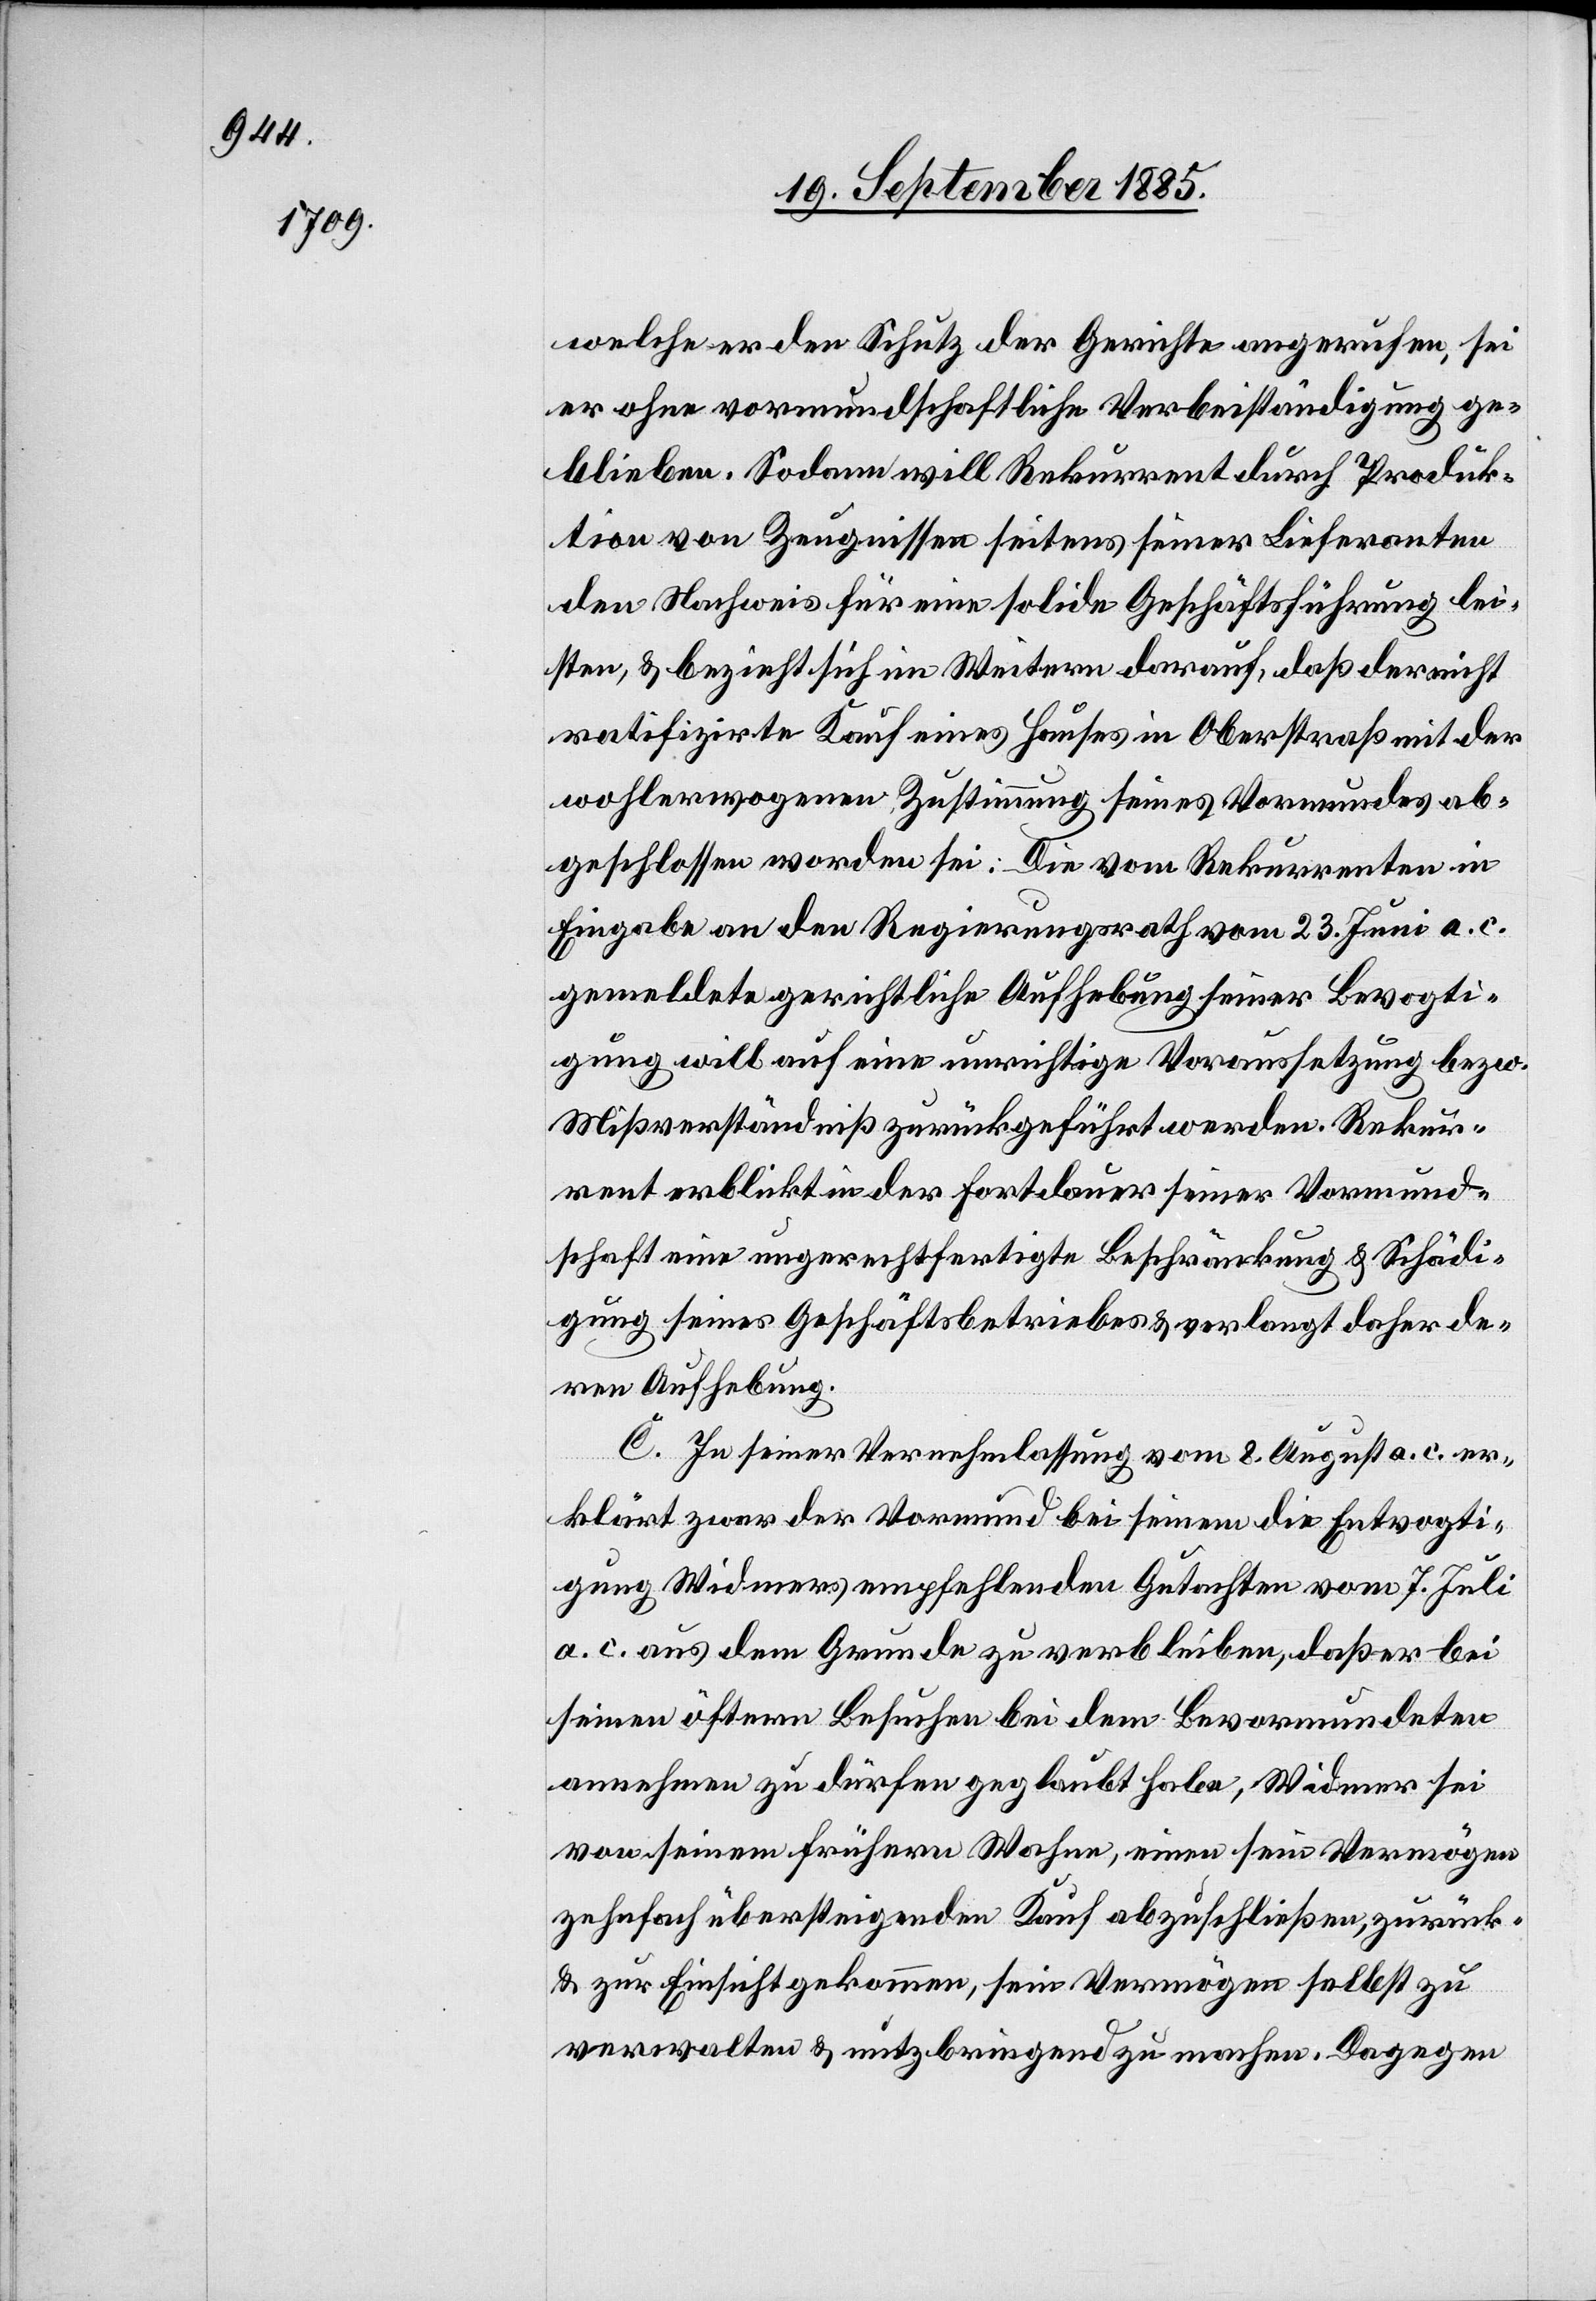
welche er den Schutz der Gerichte angerufen, sei
er ohne vormundschaftliche Verbeiständigung ge¬
blieben. Sodann will Rekurrent durch Produk¬
tion von Zeugnissen seitens seiner Lieferanten
den Nachweis für eine solide Geschäftsführung lei¬
sten, & bezieht sich im Weitern darauf, daß der nicht
ratifizirte Kauf eines Hauses in Oberstraß mit der
wohlerwogenen Zustimmung seines Vormundes ab¬
geschlossen worden sei. Die vom Rekurrenten in
Eingabe an den Regierungsrath vom 23. Juni a. c.
gemeldete gerichtliche Aufhebung seiner Bevogti¬
gung will auf eine unrichtige Voraussetzung bezw.
Mißverständniß zurückgeführt werden. Rekur¬
rent erblickt in der Fortdauer seiner Vormund¬
schaft eine ungerechtfertigte Beschränkung & Schädi¬
gung seines Geschäftsbetriebes & verlangt daher de¬
ren Aufhebung.
C. In seiner Vernehmlassung vom 8. August a. c. er¬
klärt zwar der Vormund bei seinem die Entvogti¬
gung Widmers empfehlenden Gutachten vom 7. Juli
a. c. aus dem Grunde zu verbleiben, daß er bei
seinen öftern Besuchen bei dem Bevormundeten
annehmen zu dürfen geglaubt habe, Widmer sei
von seinem frühern Wahn, einen sein Vermögen
zehnfach übersteigenden Kauf abzuschließen, zurück-
& zur Einsicht gekommen, sein Vermögen selbst zu
verwalten & nutzbringend zu machen. Dagegen